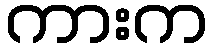
ကားက